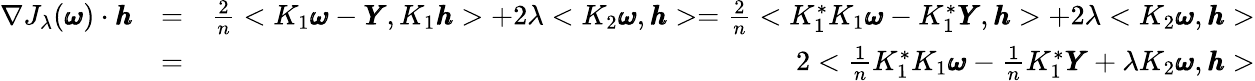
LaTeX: \begin{array}{rlr}{\nabla J_{\lambda}(\pmb\omega)\cdot\pmb h}&{=}&{\frac{2}{n}<K_{1}\pmb\omega-\pmb Y,K_{1}\pmb h>+2\lambda<K_{2}\pmb\omega,\pmb h>=\frac{2}{n}<K_{1}^{*}K_{1}\pmb\omega-K_{1}^{*}\pmb Y,\pmb h>+2\lambda<K_{2}\pmb\omega,\pmb h>}\\ &{=}&{2<\frac{1}{n}K_{1}^{*}K_{1}\pmb\omega-\frac{1}{n}K_{1}^{*}\pmb Y+\lambda K_{2}\pmb\omega,\pmb h>}\end{array}